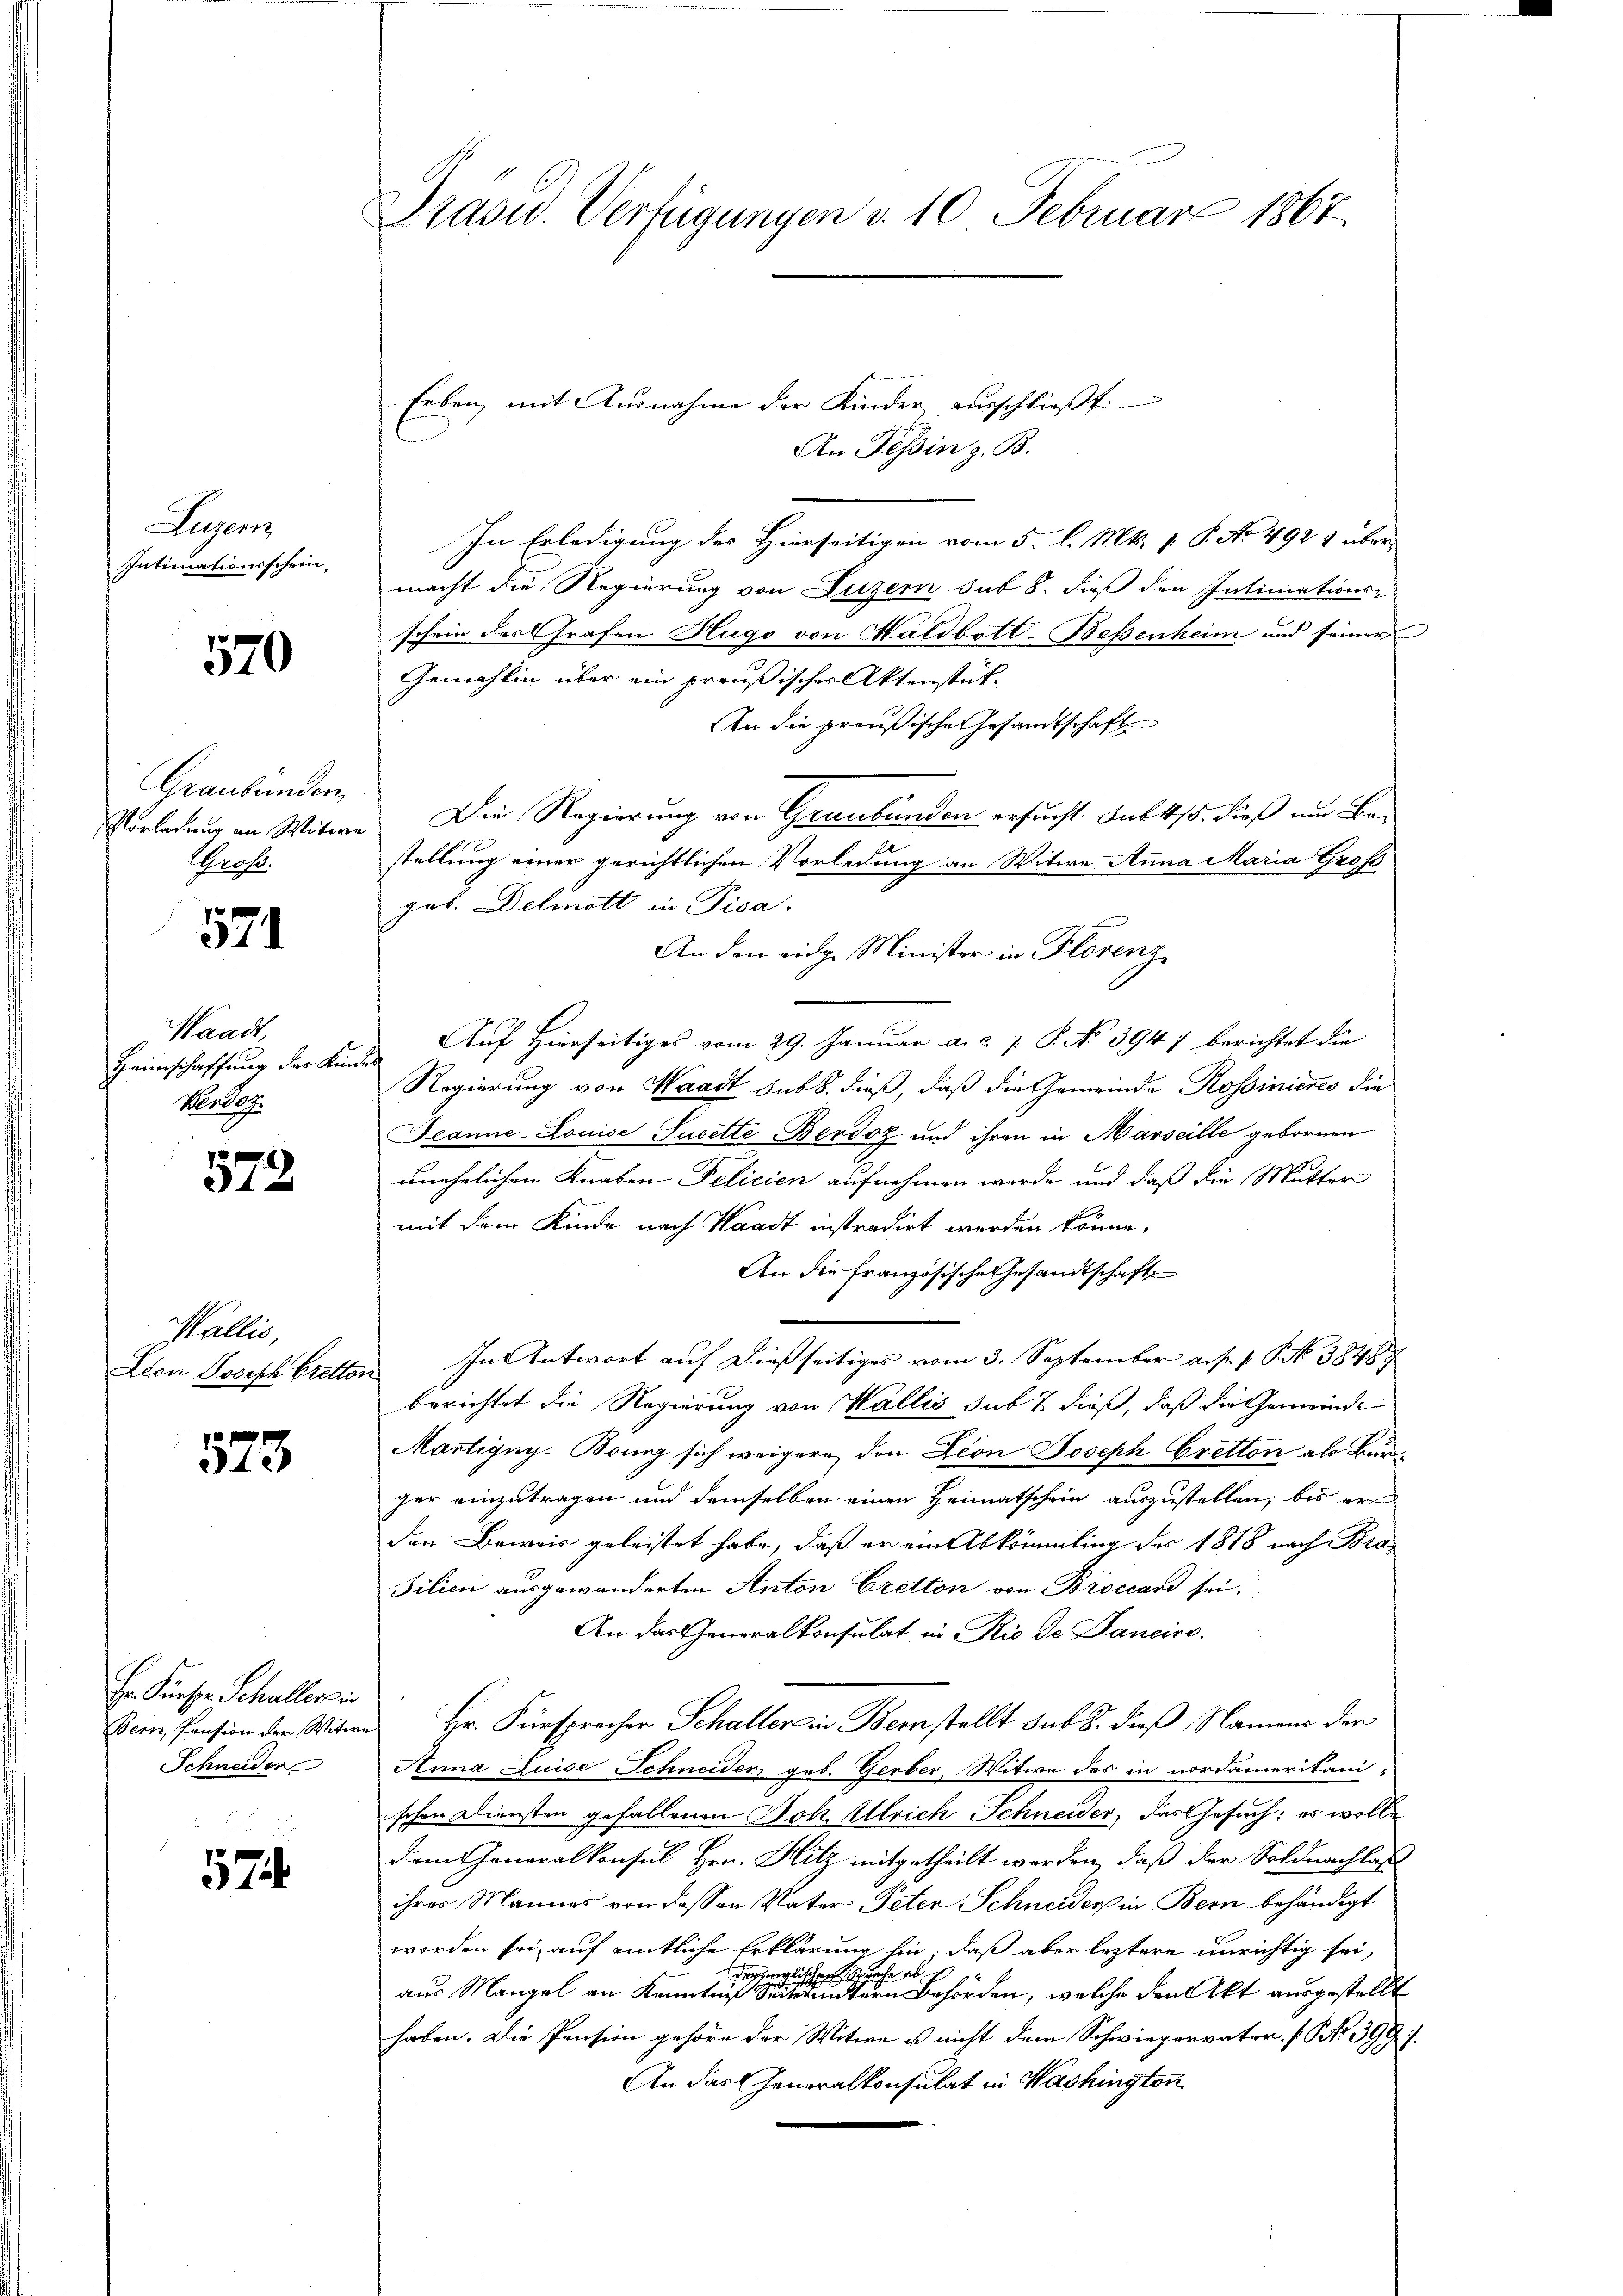
Lujenz
Intimationsschein

570

Graubünden
Vorlegung an Witwe
Becht.

571

Waadt,
Heimschaffung der Kin¬
Nonder

572.

Wallis
Lion Joseph Bretten

573

Fr. Kurser Schallers in
Bern, Pension der Witer
Schneider

52.

Präsid. Verfügungen d. 10 Februar 1867.

Erben mit Ausnahme der Kinder ausschlieβt:

An Tessin z. B.
In Erledigung des Hierseitigen vom 5. l. Mts. f. P. No 492 & über-
macht die Regierung von Luzern sub 8. dieß den Intimations-
schein des Grafen Hugo von Haldbott-Beßenheim und seiner
Gemahlin über ein preußischer Aktenstüt¬
An die preußische Gesandtschaft
Die Regierung von Graubünden ersucht sub 4/5. dieß und Bestellung einer gerichtlichen Vorladung an Witwe Anna Maria Grof
gob. Delmott in Pisa
An den eidge Minister in Florenz
Auf Hierseitiges vom 29. Januar a. c. p. P. No 3947 berichtet die
u
Regierung von Waadt sub 8. dieß, daß die Gemeinde Rossinieres die
Jeanne-Louise Susette Berdoz und ihren in Marseille gebornen
unehelichen Knaben Delicien aufnehmen werde und daß die Mutter
mit dem Kinde nach Waadt instradirt werden könne,
An die französische Gesandtschaft
In Antwort auf dießseitiges vom 3. September a.p. P. P. Nr. 3848
berichtet die Regierung von Wallis sub & dieß, daß die Gemeinde
Martigny, Bonig sich weigere, den Lion Joseph Bretton als Bürger einzutragen und demselben einen Heimatschein auszustellen, bis er
den Beweis geleistet habe, daß er ein Abkömmling des 1818 nach Bra
Filien ausgewanderten Anton Cretton von Broccard sei.
An das Generalkonsulat in Rio de Pancire
 Hr. Fürsprecher Schaller in Bernstellt sub 8. dieß Namens der
Anna Luise Schneiden geb. Gerber, Witwe des in nordamerikani-
schen Diensten gefallenen Boh Ulrich Schneider, das Gesuch; es wolle
dem Generalkonsul Hrn. Hitz mitgetheilt werden, daß der Soldnachlass
ihres Mannes von dessen Vater Peter Schneiders in Bern behändigt
worden sei, auf amtliche Erklärung hin; daß aber leztere unrichtig sei,
depenglischen Sprache abs
aus Mangel an Kenntnis Sekundern Behörden, welche den Akt ausgestellt
haben. Die Pension gehöre der Witwe u nicht dem Schwiegervater, [No 399 f.
An das Generalkonsulat in Washington